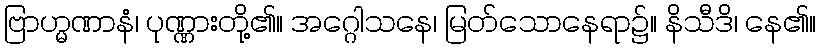
ဗြာဟ္မဏာနံ၊ ပုဏ္ဏားတို့၏။ အဂ္ဂေါသနေ၊ မြတ်သောနေရာ၌။ နိသီဒိ၊ နေ၏။